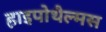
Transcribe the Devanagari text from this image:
हाइपोथैल्मस